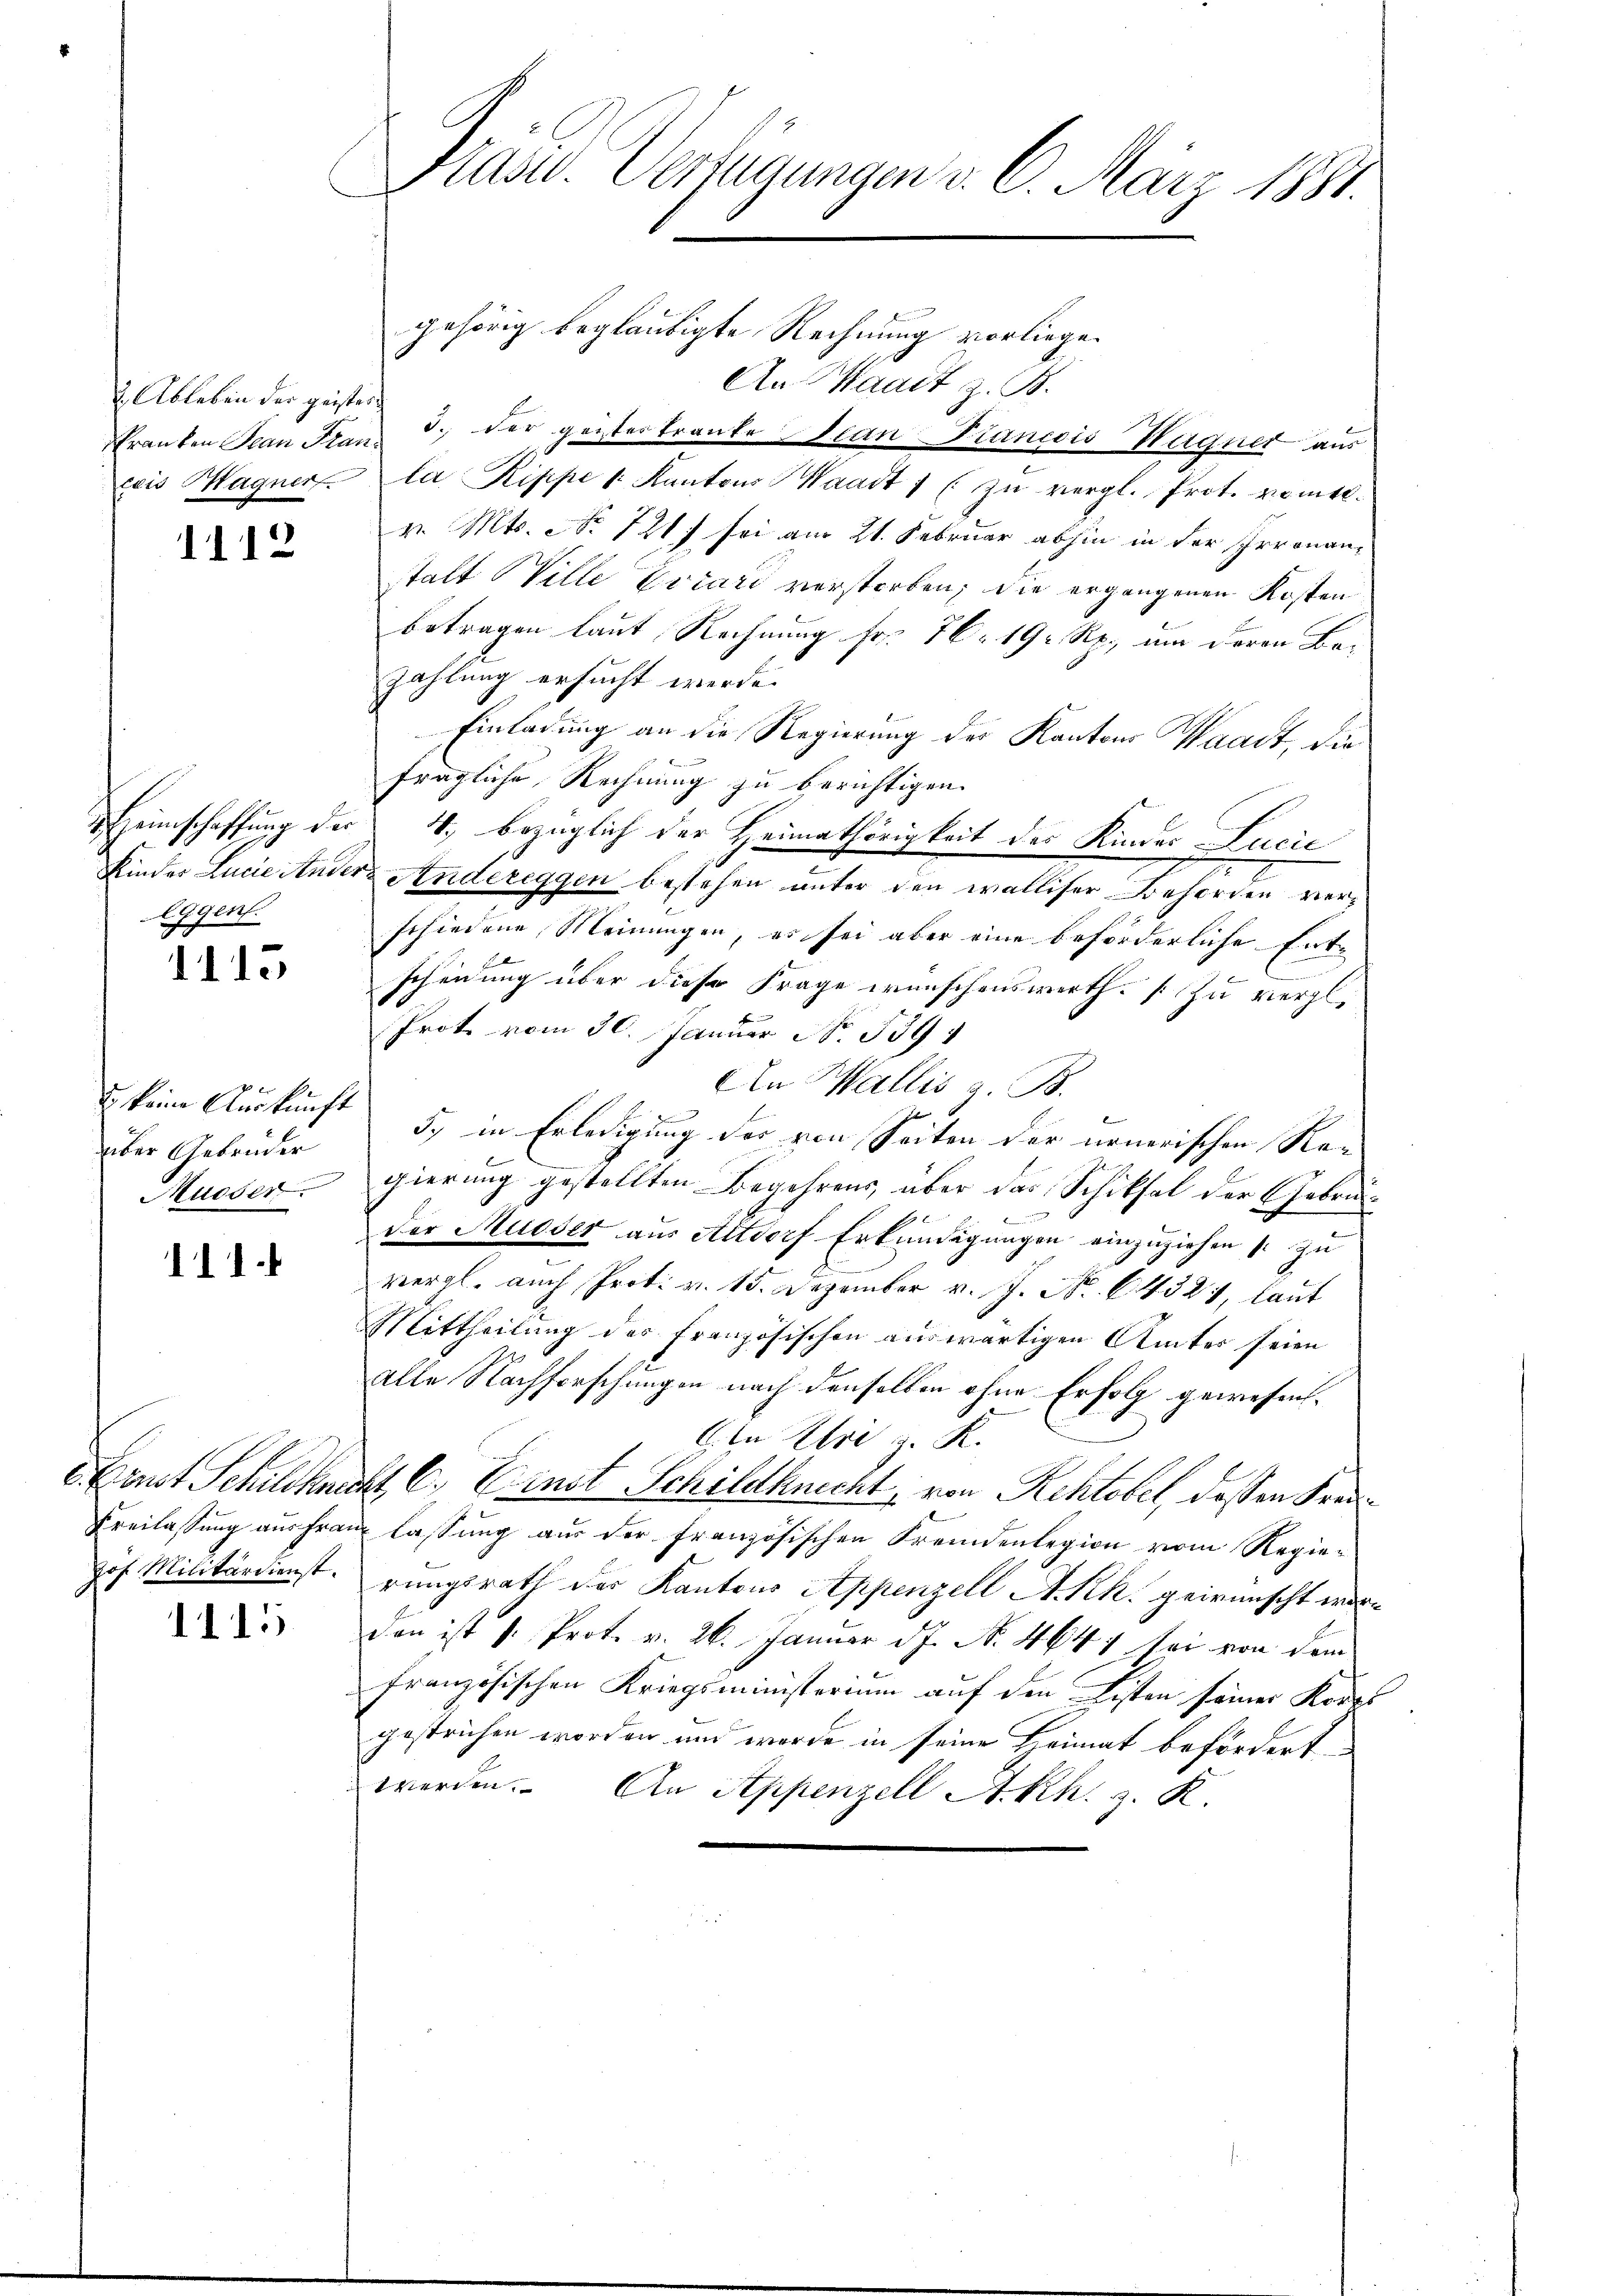
2. Ableben der geister
ceis Magner

1112

Eggens.

1115

über Gebrüder
Mueser

111.

Jof. Militärdienst.

1115

Präsid. Verfügungen v. 6. März 1891

gehörig beglaubigte Rechnung vorliege.
An Waadt z. B.
Franten Jean Frau 3. der geistertranke ean Francois Hegnet aus
la Rippe v. Kantons Waadt 1 ( zŭ vergl. Prot. vomtt.
v. Mts. No 721. sei am 21. Februar abhin in der Irronanstatt Wille Errard verstorben; die ergangenen Kosten
Betragen laut Rechnung fr. 76. 19 Rp., um deren Bazahlung ersucht werde.
Einladung an die Regierung des Kantons Waadt, die
fragliche Rechnung zu berichtigen.
Heimschaffung der 4. bezüglich der Heimathörigkeit der Kinder Lucie
Kinder Lucie Andere Andereggen bestehen unter den walliser Behörden verschiedene Meinungen, es sei aber eine beförderliche Entscheidung über diese Frage wünschenswerth [ Zu vergl.
Prote vom 30. Januar No. 539
genen
An Wallis z. B.
u keine Auskunft 5, in Erledigung der von Seiten der neuerischen Ragierung gestellten Begehrens, über das Schiksal der Gebrüder Mueser aus Altdorf Erkundigungen einzuziehen s. zu
vergl. auch Prot. v. 15. Dezember v. J. N. 64324, laut
Mittheilung des französischen auswärtigen Amtes seien
alle Nachforschungen nach denselben ohne Erfolg gewesen.
Gln Uri z. R.
 Ernst Schuldknecht, C. Einst Schildknecht, von Rektobel, dessen Kreu¬
Freilassung aus franz lassung aus der französischen Fremdenlegion vom Regierungsrath der Kantons Appenzell A. Kk. gewünscht worden ist v. Prot. v. 26. Januar d.J. N. 4641 sei von dem
französischen Kriegsministerium auf den Listen seiner Korps
gestrichen worden und wurde in seine Heimat befördert
werden. An Appenzell A.Rh. z. K.